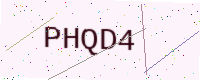
Text: PHQD4